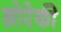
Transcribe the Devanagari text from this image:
छोरेकी